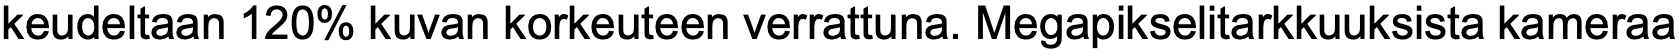
keudeltaan 120% kuvan korkeuteen verrattuna. Megapikselitarkkuuksista kameraa